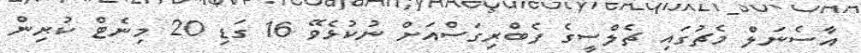
އާސެނަލް މެޗުގައި ޗެލްސީގެ ފެބްރިގަސްއަށް ނުކުޅެވޭ 16 ގަޑި 20 މިނެޓް ކުރިން